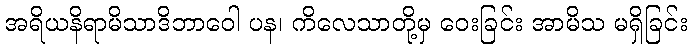
အရိယနိရာမိသာဒိဘာဝေါ ပန၊ ကိလေသာတို့မှ ဝေးခြင်း အာမိသ မရှိခြင်း